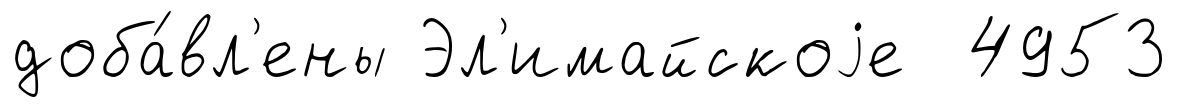
доба́вл'ены Эл'имайскоjе 4953